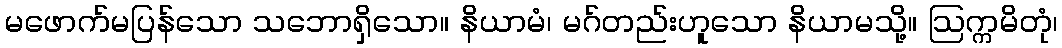
မဖောက်မပြန်သော သဘောရှိသော။ နိယာမံ၊ မဂ်တည်းဟူသော နိယာမသို့။ ဩက္ကမိတုံ၊